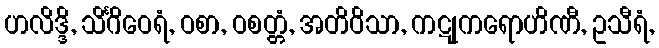
ဟလိဒ္ဒိ, သိင်္ဂိဝေရံ, ဝစာ, ဝစတ္တံ, အတိဝိသာ, ကဋုကရောဟိဏီ, ဥသီရံ,